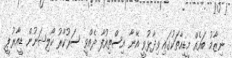
ނިޒާމު ބައެއް މީޑިއާތަކުގައި ވިދާޅުވީ އޭނާ އިސްތިއުފާ ދެއްވީ ސަރުކާރު ކޯލިޝަނުން ޑީއާރުޕީ